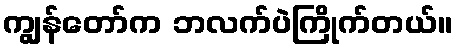
ကျွန်တော်က ဘလက်ပဲကြိုက်တယ်။